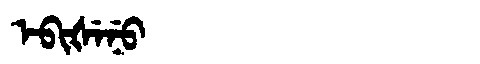
Manchu: ᡝᠪᡳᡧᡝᠨᡠ
Romanization: EBIŠENU